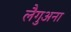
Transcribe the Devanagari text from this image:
लैगुअना